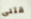
قتلى